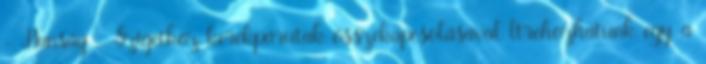
- Hanság - Szigetköz kerékpárutak összekapcsolásával ltrehozhatunk egy, a